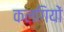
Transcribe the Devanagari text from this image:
कलगियों